Vaccination North-Western Provinces and Oudh 1878-1895 - 1878-1895
Year: 1878
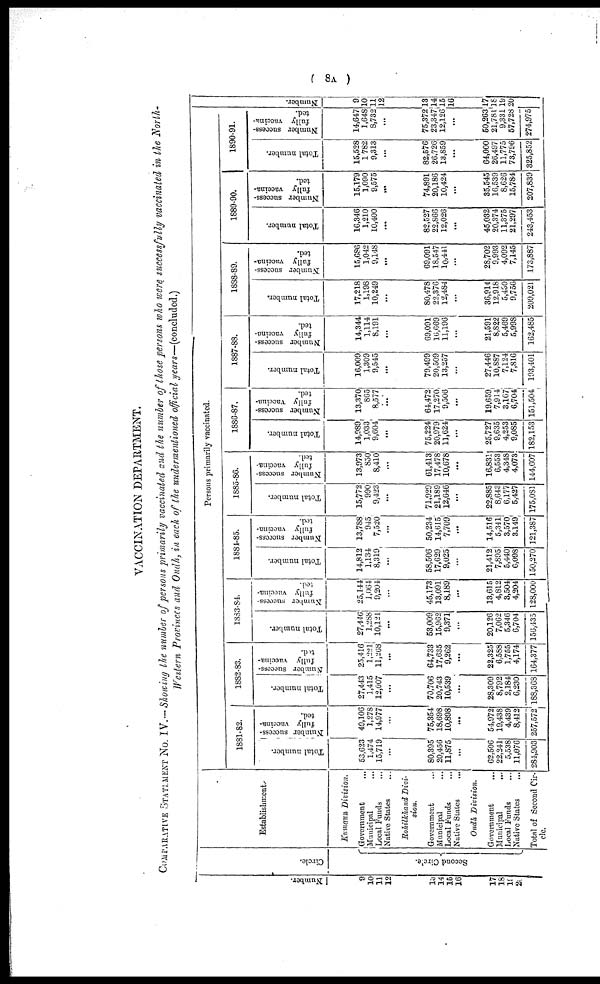
( 8A )
VACCINATION DEPARTMENT.
COMPARATIVE STATEMENT No. IV.—Showing the number of persons primarily vaccinated and the number of those persons who were successfully vaccinated in the North-
western Provinces and Oudh, in each of the undermentioned official years—(concluded.)
Number.
9
10
11
12
13
14
15
16
17
18
19
20
Circle.
Se c ond Ci r cl e.
Establishment.
Kumaun Division.
Government ...
Municipal ...
Local Funds ...
Native States ...
Rohilkhand Divi-
sion.
Government ...
Municipal ...
Local Funds ...
Native States
...
Oudh Division.
Government ...
Municipal
...
Local Funds ...
Native States ...
Total of Second Cir-
cle.
Persons primarily vaccinated.
1881-82.
Total number.
53,623
1,474
15,719
...
80,395
20,456
11,875
...
62,506
22,241
5,538
11,076
284,903
Number success-
fully vaccina-
ted.
49,106
1,278
14,977
...
75,354
18,698
10,898
...
54,972
19,438
4,439
8,412
257,572
1882-83.
Total number.
27,443
1,415
12,007
...
70,706
20,743
10,539
...
28,309
8,792
2,184
6,230
188,368
Number success-
fully vaccina¬
ted.
25,416
1,221
11,268
...
64,733
17,635
9,262
...
22,325
6,588
1,755
4,174
164,377
1883-84.
Total number.
27,446
1,288
10,121
...
53,009
15,962
9,371
...
20,126
7,062
5,346
6,704
156,435
Number success-
fully vaccina-
ted.
25,144
1,064
9,204
...
45,173
13,091
8,189
...
13,615
4,812
3,504
4,204
128,000
1884-85.
Total number.
14,812
1,134
8,319
...
58,506
17,629
9,025
...
21,412
7,895
5,440
6,098
150,270
Number success-
fully vaccina-
ted.
13,788
945
7,520
...
50,234
14,615
7,709
...
14,516
5,341
3,570
3,149
121,387
1885-86.
Total number.
15,772
990
9,423
...
71,929
21,189
12,646
...
22,885
8,643
6,177
5,427
175,081
Number success-
fully vaccina-
ted.
13,973
850
8,410
...
61,413
17,478
10,678
...
16,831
6,553
4,348
4,073
144,607
1886-87.
Total number.
14,989
1,033
9,604
...
75,224
20,979
11,624
...
25,727
9,635
4,253
9,085
182,153
Number success-
fully vaccina-
ted.
13,370
865
8,577
...
64,472
17,270
9,506
...
19,659
7,914
3,167
6,704
151,504
1887-88.
Total number.
16,009
1,309
9,545
...
79,499
20,509
13,257
...
27,446
10,887
7,124
7,816
193,401
Number success-
fully vaccina-
ted.
14,344
1,114
8,191
...
69,091
16,669
11,196
...
21,591
8,822
5,469
5,998
162,485
1888-89.
Total number.
17,218
1,198
10,249
...
80,478
22,376
12,484
...
36,914
12,918
5,430
9,756
209,021
Number success-
fully vaccina-
ted.
15,686
1,042
9,148
...
69,091
18,547
10,441
...
28,702
9,993
4,092
7,145
173,887
1889-90.
Total number.
16,346
1,210
10,400
...
82,527
22,866
12,026
...
45,032
20,374
11,375
21,297
243,453
Number success-
fully vaccina-
ted.
15,179
1,090
9,575
...
74,891
20,186
10,424
...
35,545
16,539
8,626
15,784
207,839
1890-91.
Total number.
15,528
1,782
9,313
...
82,576
26,726
13,859
...
64,000
26,497
11,775
73,796
325,852
Number success-
fully vaccina-
ted.
14,647
1,648
8,732
...
75,372
23,347
12,126
...
50,263
21,781
9,331
57,728
274,975
Number.
9
10
11
12
13
14
15
16
17
18
19
20